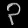
Digit: ၃